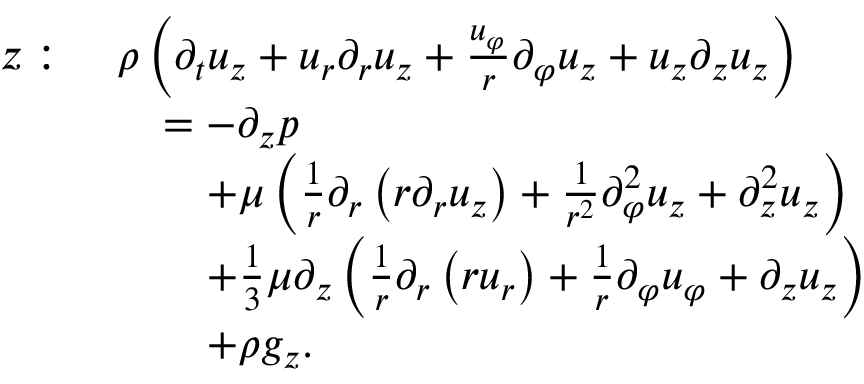
{ \begin{array} { r l } { z : \ } & { \rho \left( { \partial _ { t } u _ { z } } + u _ { r } { \partial _ { r } u _ { z } } + { \frac { u _ { \varphi } } { r } } { \partial _ { \varphi } u _ { z } } + u _ { z } { \partial _ { z } u _ { z } } \right) } \\ & { \quad = - { \partial _ { z } p } } \\ & { \qquad + \mu \left( { \frac { 1 } { r } } \partial _ { r } \left( r { \partial _ { r } u _ { z } } \right) + { \frac { 1 } { r ^ { 2 } } } { \partial _ { \varphi } ^ { 2 } u _ { z } } + { \partial _ { z } ^ { 2 } u _ { z } } \right) } \\ & { \qquad + { \frac { 1 } { 3 } } \mu \partial _ { z } \left( { \frac { 1 } { r } } { \partial _ { r } \left( r u _ { r } \right) } + { \frac { 1 } { r } } { \partial _ { \varphi } u _ { \varphi } } + { \partial _ { z } u _ { z } } \right) } \\ & { \qquad + \rho g _ { z } . } \end{array} }